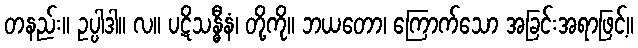
တနည်း။ ဥပ္ပါဒါ။ လ။ ပဋိသန္ဓီနံ၊ တို့ကို။ ဘယတော၊ ကြောက်သော အခြင်းအရာဖြင့်။